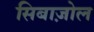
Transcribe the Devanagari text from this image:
सिबाज़ोल